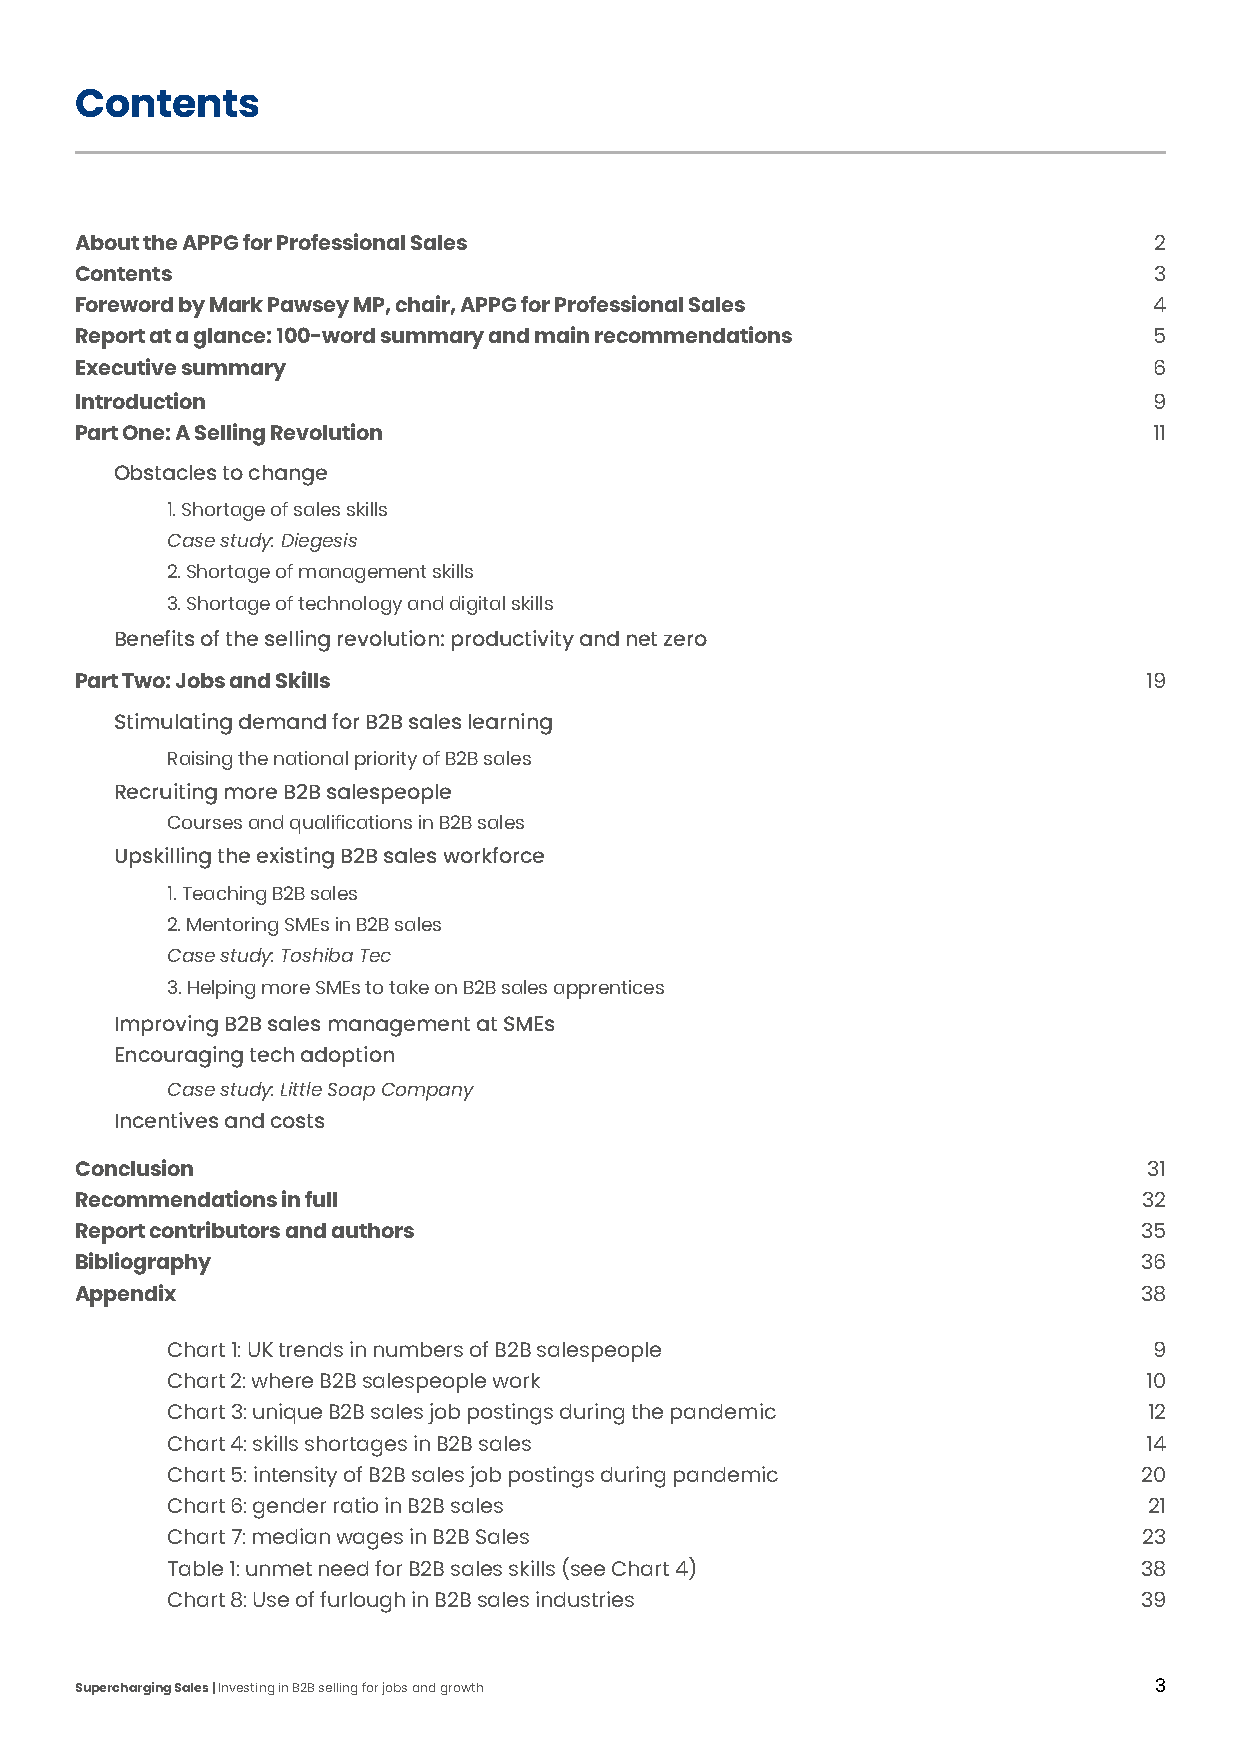
Contents
 About the APPG for Professional Sales                                  2
 Contents                                                               3
 Foreword by Mark Pawsey MP, chair, APPG for Professional Sales         4
 Report at a glance: 100-word summary and main recommendations          5
 Executive summary                                                      6
 Introduction                                                           9
 Part One: A Selling Revolution                                         11
 Obstacles to change
 1. Shortage of sales skills
 Case study: Diegesis
 2. Shortage of management skills
 3. Shortage of technology and digital skills
 Benefits of the selling revolution: productivity and net zero
 Part Two: Jobs and Skills                                              19
 Stimulating demand for B2B sales learning
 Raising the national priority of B2B sales
 Recruiting more B2B salespeople
 Courses and qualifications in B2B sales
 Upskilling the existing B2B sales workforce
 1. Teaching B2B sales
 2. Mentoring SMEs in B2B sales
 Case study: Toshiba Tec
 3. Helping more SMEs to take on B2B sales apprentices
 Improving B2B sales management at SMEs
 Encouraging tech adoption
 Case study: Little Soap Company
 Incentives and costs
 Conclusion                                                             31
 Recommendations in full                                                32
 Report contributors and authors                                       35
 Bibliography                                                          36
 Appendix                                                              38
 Chart 1: UK trends in numbers of B2B salespeople                 9
 Chart 2: where B2B salespeople work                              10
 Chart 3: unique B2B sales job postings during the pandemic       12
 Chart 4: skills shortages in B2B sales                           14
 Chart 5: intensity of B2B sales job postings during pandemic    20
 Chart 6: gender ratio in B2B sales                               21
 Chart 7: median wages in B2B Sales                               23
 Table 1: unmet need for B2B sales skills (see Chart 4)          38
 Chart 8: Use of furlough in B2B sales industries                39
 Supercharging Sales | Investing in B2B selling for jobs and growth     33